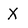
Character: X